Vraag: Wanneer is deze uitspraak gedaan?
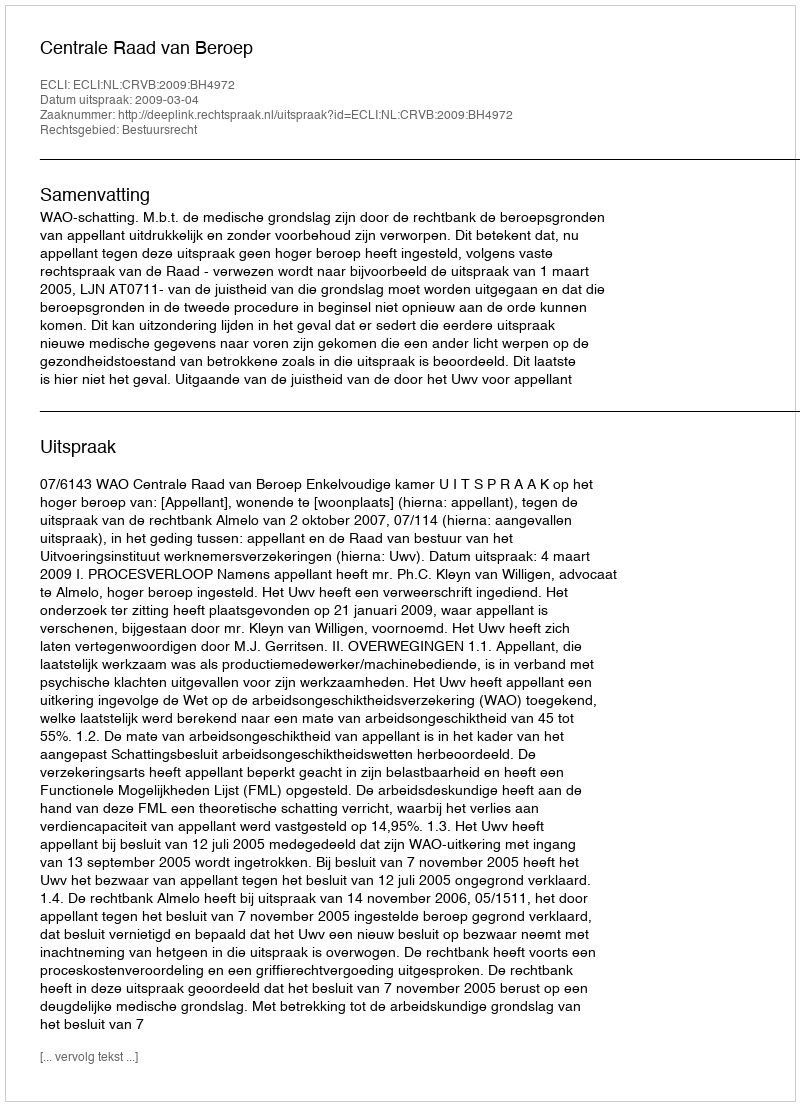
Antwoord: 2009-03-04